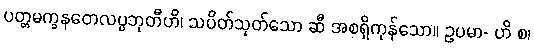
ပတ္တမက္ခနတေလပ္ပဘုတီဟိ၊ သပိတ်သုတ်သော ဆီ အစရှိကုန်သော။ ဥပမာ- ဟိ စ၊